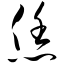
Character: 恁